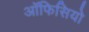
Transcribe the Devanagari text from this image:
ऑफिसियो